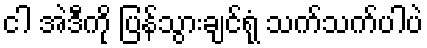
ငါ အဲဒီကို ပြန်သွားချင်ရုံ သက်သက်ပါပဲ